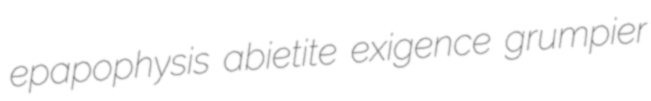
epapophysis abietite exigence grumpier